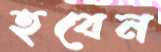
হবেন